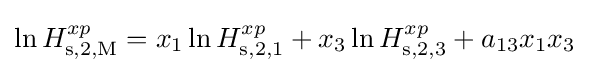
\ln H_{\rm {s,2,M}}^{xp}=x_{1}\ln H_{\rm {s,2,1}}^{xp}+x_{3}\ln H_{\rm {s,2,3}}^{xp}+a_{13}x_{1}x_{3}